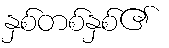
နှစ်တစ်နှစ်၏